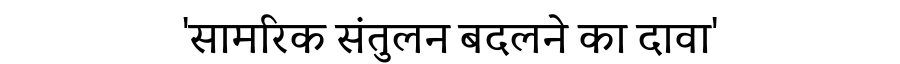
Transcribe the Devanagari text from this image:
'सामरिक संतुलन बदलने का दावा'